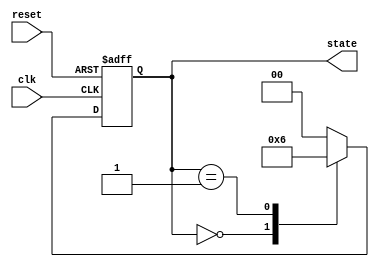
module timer_example (
    input wire clk,
    input wire reset,
    output reg [1:0] state
);

    // State encoding
    localparam STATE_IDLE = 2'b00;
    localparam STATE_ACTIVE = 2'b01;
    localparam STATE_DONE = 2'b10;

    // Initial state
    initial begin
        state = STATE_IDLE;
    end

    // State transition process
    always @(posedge clk or posedge reset) begin
        if (reset) begin
            state <= STATE_IDLE;
        end else begin
            case (state)
                STATE_IDLE: begin
                    // Transition to ACTIVE state after 5 time units
                    state <= STATE_ACTIVE;
                    #5; // Wait for 5 time units
                end

                STATE_ACTIVE: begin
                    // Transition to DONE state after 10 time units
                    state <= STATE_DONE;
                    #10; // Wait for 10 time units
                end

                STATE_DONE: begin
                    // Go back to IDLE state after 3 time units
                    state <= STATE_IDLE;
                    #3; // Wait for 3 time units
                end

                default: state <= STATE_IDLE;
            endcase
        end
    end

endmodule